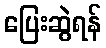
ပြေးဆွဲရန်